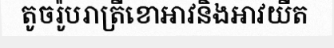
តូចរ៉ូបរាត្រីខោអាវនិងអាវយឺត